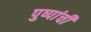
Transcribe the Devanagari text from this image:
पुष्पांची